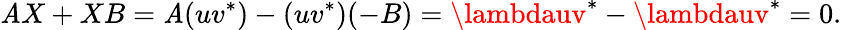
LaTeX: \mathit{A}X+XB=\mathit{A}(uv^{*})-(uv^{*})(-B)=\lambdauv^{*}-\lambdauv^{*}=0.